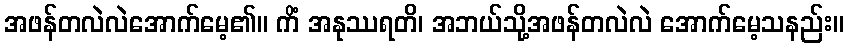
အဖန်တလဲလဲအောက်မေ့၏။ ကိံ အနုဿရတိ၊ အဘယ်သို့အဖန်တလဲလဲ အောက်မေ့သနည်း။